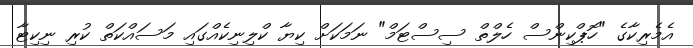
އެމެރިކާގެ "ހޮޕްކިންސް ހެލްތް ސިސްޓަމް" ނަމަކަށް ކިޔާ ކްލިނިކެއްގައި މަސައްކަތް ކުރި ނިކިޓާ